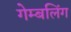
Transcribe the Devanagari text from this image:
गेम्बलिंग